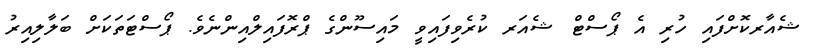
ޝެއާރކޮށްފައި ހުރި އެ ޕޯސްޓް ޝެއަރ ކުރެވިފައިވީ މައިސޫންގެ ޕްރޮފައިލްއިންނެވެ. ޕޯސްޓަތަކަށް ބަލާލިއިރު